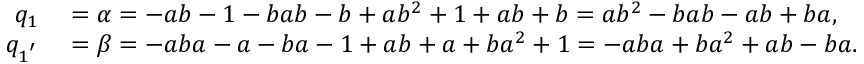
\begin{array} { r l } { q _ { 1 } } & { { } = \alpha = - a b - 1 - b a b - b + a b ^ { 2 } + 1 + a b + b = a b ^ { 2 } - b a b - a b + b a , } \\ { q _ { 1 ^ { ' } } } & { { } = \beta = - a b a - a - b a - 1 + a b + a + b a ^ { 2 } + 1 = - a b a + b a ^ { 2 } + a b - b a . } \end{array}